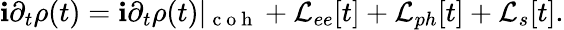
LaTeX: \mathbf{i}\partial_{t}\rho(t)=\mathbf{i}\partial_{t}\rho(t)|_{\mathrm{{~c~o~h~}}}+\mathcal{{L}}_{ee}[t]+\mathcal{{L}}_{ph}[t]+\mathcal{{L}}_{s}[t].